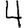
Digit: 4